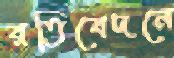
রতিবেদনে